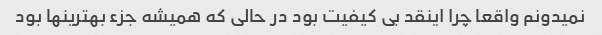
نمیدونم واقعا چرا اینقد بی کیفیت بود در حالی که همیشه جزء بهترینها بود